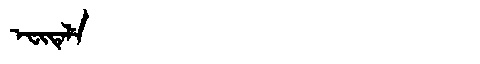
Manchu: ᡝᠸᡳᡨᡝᠯᡝ
Romanization: EFITELE